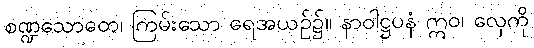
စဏ္ဍသောတေ၊ ကြမ်းသော ရေအယဉ်၌။ နာဝါဋ္ဌပနံ ဣဝ၊ လှေကို